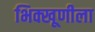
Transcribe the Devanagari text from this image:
भिक्खूणीला